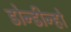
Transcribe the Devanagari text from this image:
डोन्डीन्हो